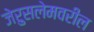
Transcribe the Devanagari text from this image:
जेरुसलेमवरील